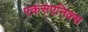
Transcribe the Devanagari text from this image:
एकसएनिक्स